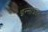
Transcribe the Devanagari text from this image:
इन्साइडर